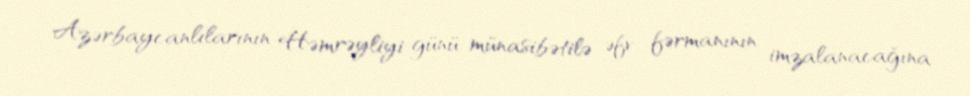
Azərbaycanlılarının Həmrəyliyi günü münasibətilə əfv fərmanının imzalanacağına